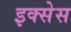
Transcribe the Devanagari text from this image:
इक्सेस